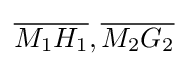
{\overline {M_{1}H_{1}}},{\overline {M_{2}G_{2}}}